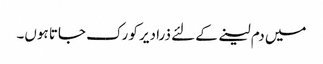
میں دم لینے کے لئے ذرا دیر کو رک جاتا ہوں۔